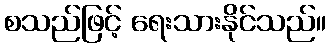
စသည်ဖြင့် ရေးသားနိုင်သည်။